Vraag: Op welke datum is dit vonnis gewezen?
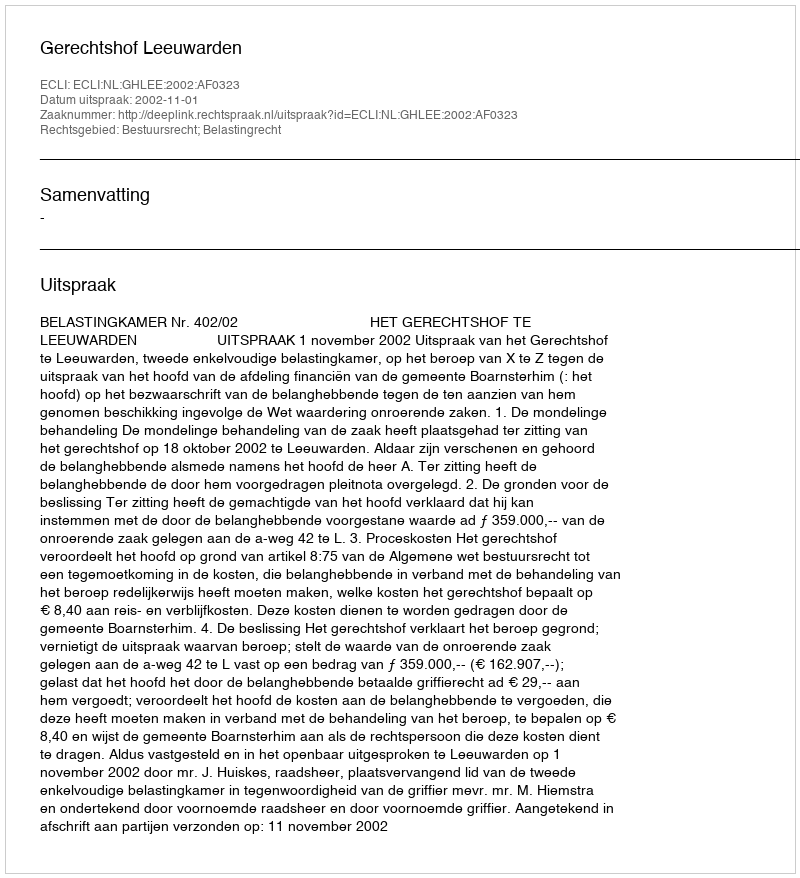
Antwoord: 2002-11-01